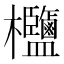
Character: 𣡶